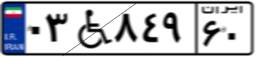
۰۳W۸۴۹۶۰